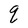
Character: q